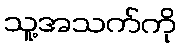
သူ့အသက်ကို